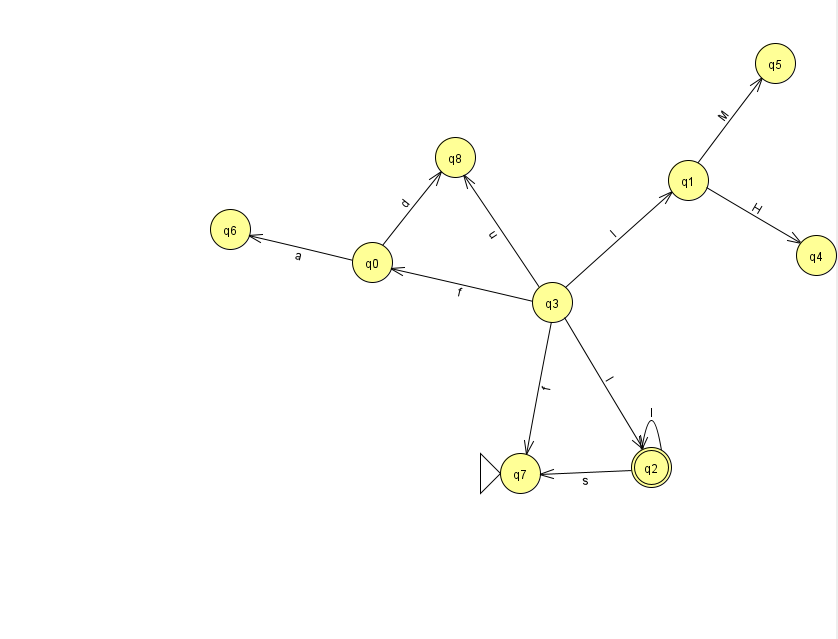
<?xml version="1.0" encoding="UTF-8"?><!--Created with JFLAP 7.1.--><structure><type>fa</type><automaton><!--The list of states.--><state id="0" name="q0"><x>372.0</x><y>249.0</y></state><state id="1" name="q1"><x>688.0</x><y>167.0</y></state><state id="2" name="q2"><x>651.0</x><y>454.0</y><final/></state><state id="3" name="q3"><x>552.0</x><y>289.0</y></state><state id="4" name="q4"><x>816.0</x><y>242.0</y></state><state id="5" name="q5"><x>775.0</x><y>50.0</y></state><state id="6" name="q6"><x>230.0</x><y>216.0</y></state><state id="7" name="q7"><x>520.0</x><y>460.0</y><initial/></state><state id="8" name="q8"><x>455.0</x><y>144.0</y></state><!--The list of transitions.--><transition><from>2</from><to>7</to><read>s</read></transition><transition><from>1</from><to>4</to><read>H</read></transition><transition><from>1</from><to>5</to><read>M</read></transition><transition><from>0</from><to>8</to><read>d</read></transition><transition><from>3</from><to>7</to><read>f</read></transition><transition><from>3</from><to>1</to><read>I</read></transition><transition><from>2</from><to>2</to><read>l</read></transition><transition><from>3</from><to>2</to><read>l</read></transition><transition><from>3</from><to>8</to><read>u</read></transition><transition><from>3</from><to>0</to><read>f</read></transition><transition><from>0</from><to>6</to><read>a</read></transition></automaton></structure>